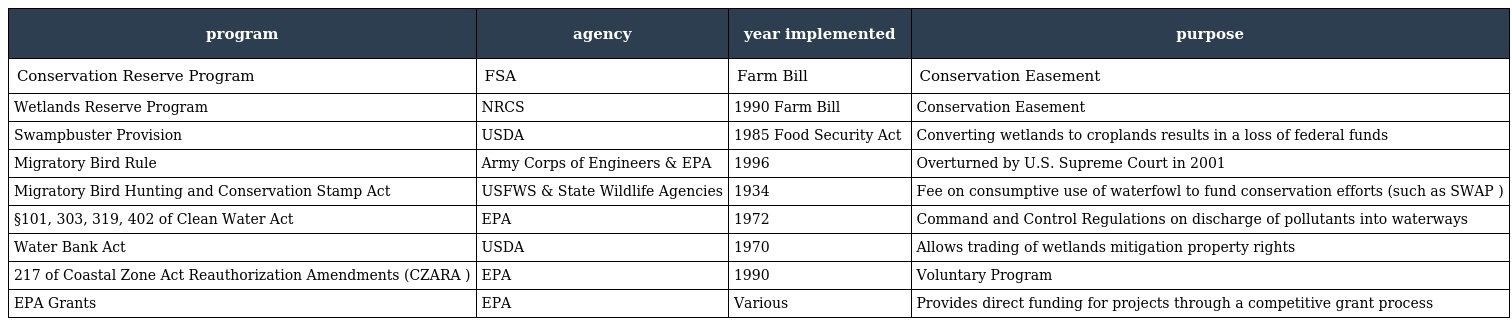
| program | agency | year implemented | purpose |
 | --- | --- | --- | --- |
 | Conservation Reserve Program | FSA | Farm Bill | Conservation Easement |
 | Wetlands Reserve Program | NRCS | 1990 Farm Bill | Conservation Easement |
 | Swampbuster Provision | USDA | 1985 Food Security Act | Converting wetlands to croplands results in a loss of federal funds |
 | Migratory Bird Rule | Army Corps of Engineers & EPA | 1996 | Overturned by U.S. Supreme Court in 2001 |
 | Migratory Bird Hunting and Conservation Stamp Act | USFWS & State Wildlife Agencies | 1934 | Fee on consumptive use of waterfowl to fund conservation efforts (such as SWAP ) |
 | §101, 303, 319, 402 of Clean Water Act | EPA | 1972 | Command and Control Regulations on discharge of pollutants into waterways |
 | Water Bank Act | USDA | 1970 | Allows trading of wetlands mitigation property rights |
 | 217 of Coastal Zone Act Reauthorization Amendments (CZARA ) | EPA | 1990 | Voluntary Program |
 | EPA Grants | EPA | Various | Provides direct funding for projects through a competitive grant process |